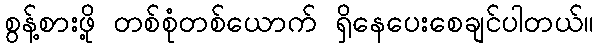
စွန့်စားဖို့ တစ်စုံတစ်ယောက် ရှိနေပေးစေချင်ပါတယ်။